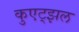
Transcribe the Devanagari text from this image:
कुएट्झल